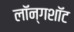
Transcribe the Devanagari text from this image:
लॉन्गशॉट